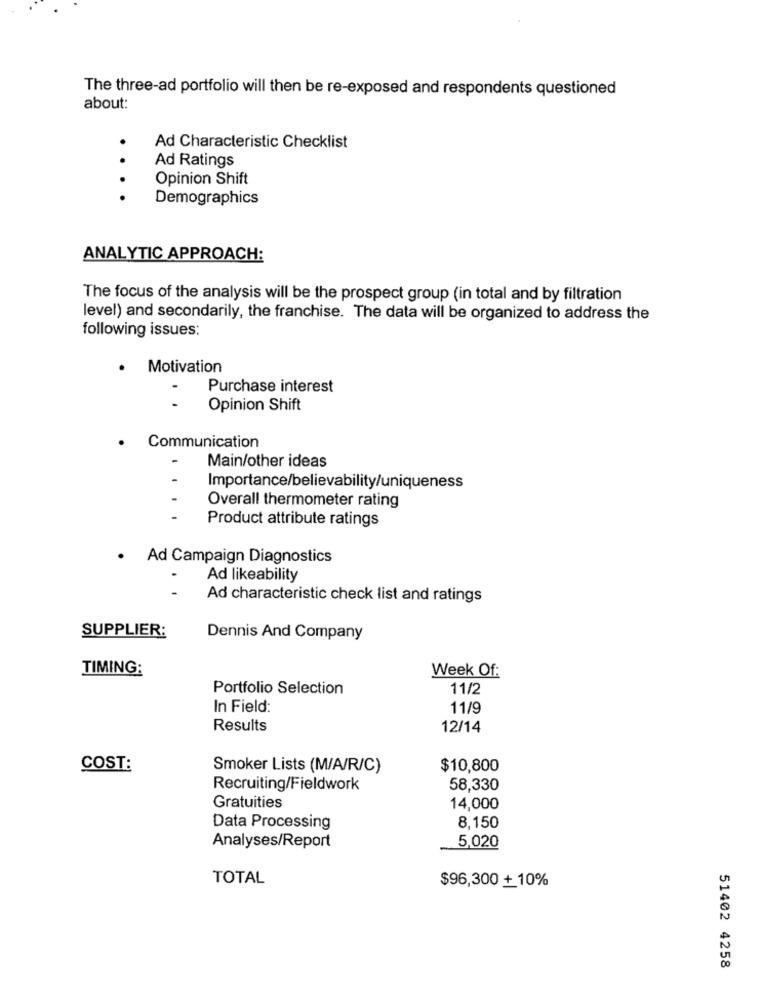
The three-ad portfolio will then be re-exposed and respondents questioned
about:
.
Ad Characteristic Checklist
.
Ad Ratings
Opinion Shift
. .
Demographics
ANALYTIC APPROACH:
The focus of the analysis will be the prospect group (in total and by filtration
level) and secondarily, the franchise. The data will be organized to address the
following issues:
Motivation
Purchase interest
Opinion Shift
· Communication
Main/other ideas
Importance/believability/uniqueness
Overall thermometer rating
Product attribute ratings
· Ad Campaign Diagnostics
Ad likeability
Ad characteristic check list and ratings
SUPPLIER:
Dennis And Company
TIMING:
Week Of:
Portfolio Selection
11/2
In Field:
11/9
Results
12/14
COST:
Smoker Lists (M/A/R/C)
$10,800
Recruiting/Fieldwork
58,330
Gratuities
14,000
Data Processing
8,150
5,020
Analyses/Report
TOTAL
$96,300 + 10%
51402 4258